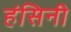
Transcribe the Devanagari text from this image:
हंसिनी